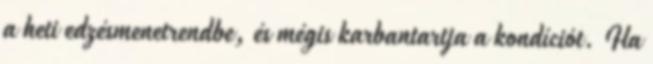
a heti edzésmenetrendbe, és mégis karbantartja a kondíciót. Ha